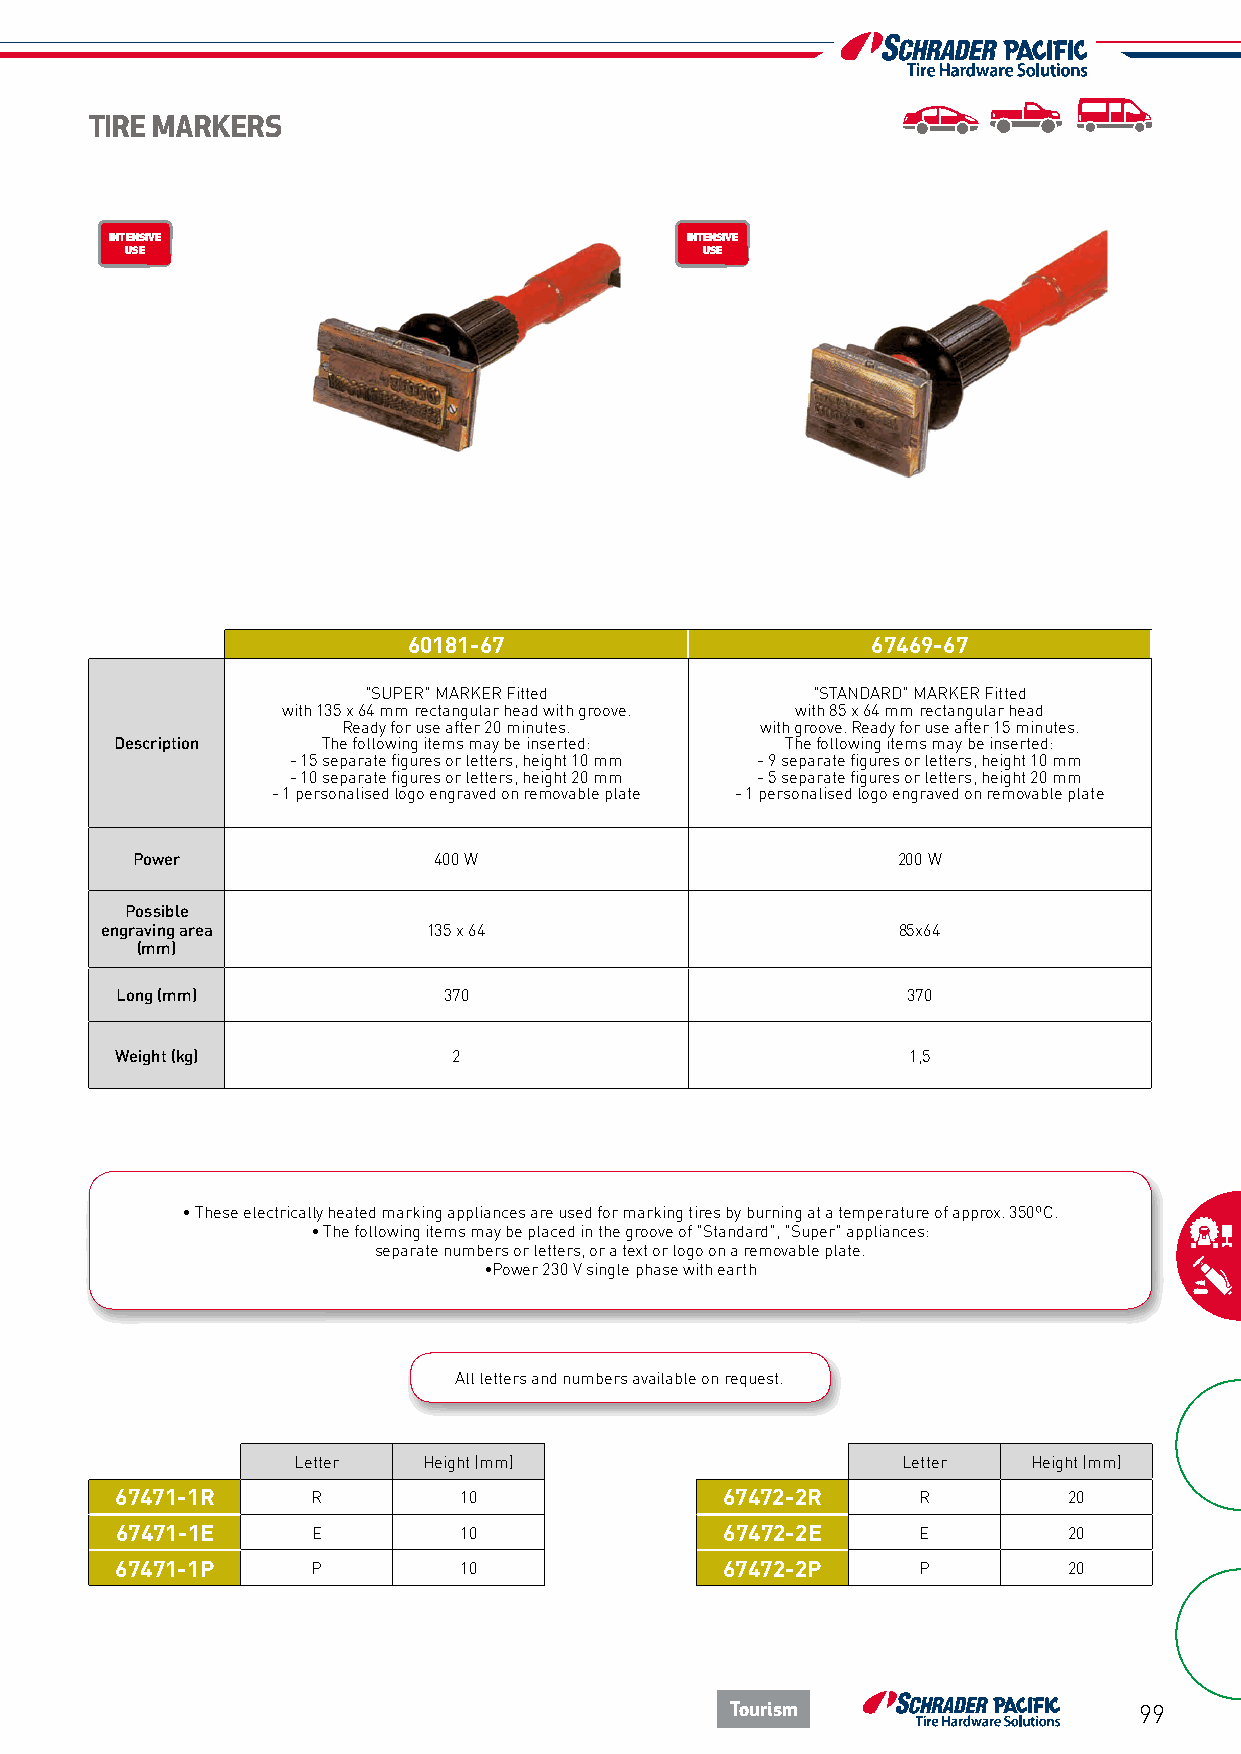
TIRE MARKERS
 INTENSIVE                             INTENSIVE
 USE                                    USE
 ENROULEUR                             ENROULEUR
 ÉCO                                    ÉCO
 60181-67                       67469-67
 "SUPER" MARKER Fitted         "STANDARD" MARKER Fitted
 with 135 x 64 mm rectangular head with groove. with 85 x 64 mm rectangular head
 Ready for use after 20 minutes. with groove. Ready for use after 15 minutes.
 Description  The following items may be inserted: The following items may be inserted:
 - 15 separate figures or letters, height 10 mm - 9 separate figures or letters, height 10 mm
 - 10 separate figures or letters, height 20 mm - 5 separate figures or letters, height 20 mm
 - 1 personalised logo engraved on removable plate - 1 personalised logo engraved on removable plate
 Power               400 W                         200 W
 Possible
 engraving area       135 x 64                       85x64
 (mm)
 Long (mm)            370                            370
 Weight (kg)           2                             1,5
 • These electrically heated marking appliances are used for marking tires by burning at a temperature of approx. 350ºC.
 • The following items may be placed in the groove of "Standard", "Super" appliances:
 separate numbers or letters, or a text or logo on a removable plate.
 •Power 230 V single phase with earth
 All letters and numbers available on request.
 Letter   Height (mm)                     Letter  Height (mm)
 67471-1R     R        10                67472-2R     R         20
 67471-1E     E        10                67472-2E     E         20
 67471-1P     P        10                67472-2P     P         20
 Tourism                    99